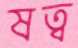
ষত্ব